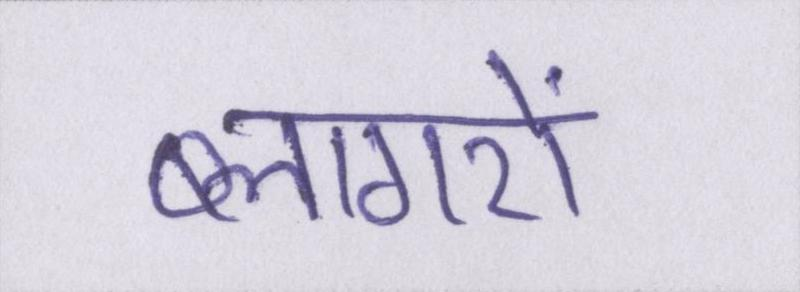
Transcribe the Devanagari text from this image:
ब्लागरों